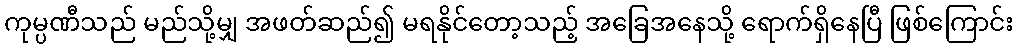
ကုမ္ပဏီသည် မည်သို့မျှ အဖတ်ဆည်၍ မရနိုင်တော့သည့် အခြေအနေသို့ ရောက်ရှိနေပြီ ဖြစ်ကြောင်း